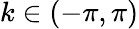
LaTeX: k\in(-\pi,\pi)